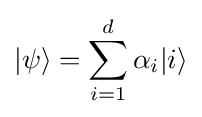
|\psi \rangle =\sum _{i=1}^{d}\alpha _{i}|i\rangle